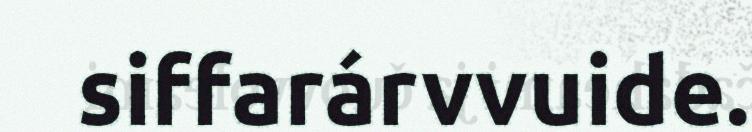
siffarárvvuide.